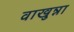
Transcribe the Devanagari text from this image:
वाखुन्ना